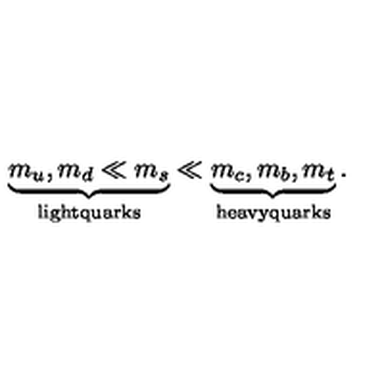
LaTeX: \underbrace { m _ { u } , m _ { d } \ll m _ { s } } _ { \mathrm { l i g h t q u a r k s } } \ll \underbrace { m _ { c } , m _ { b } , m _ { t } } _ { \mathrm { h e a v y q u a r k s } } .